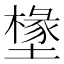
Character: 𭏷